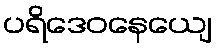
ပရိဒေဝနေယျေ